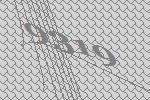
9319